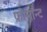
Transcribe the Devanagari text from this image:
फ्रीमॉन्‍ट